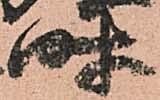
時